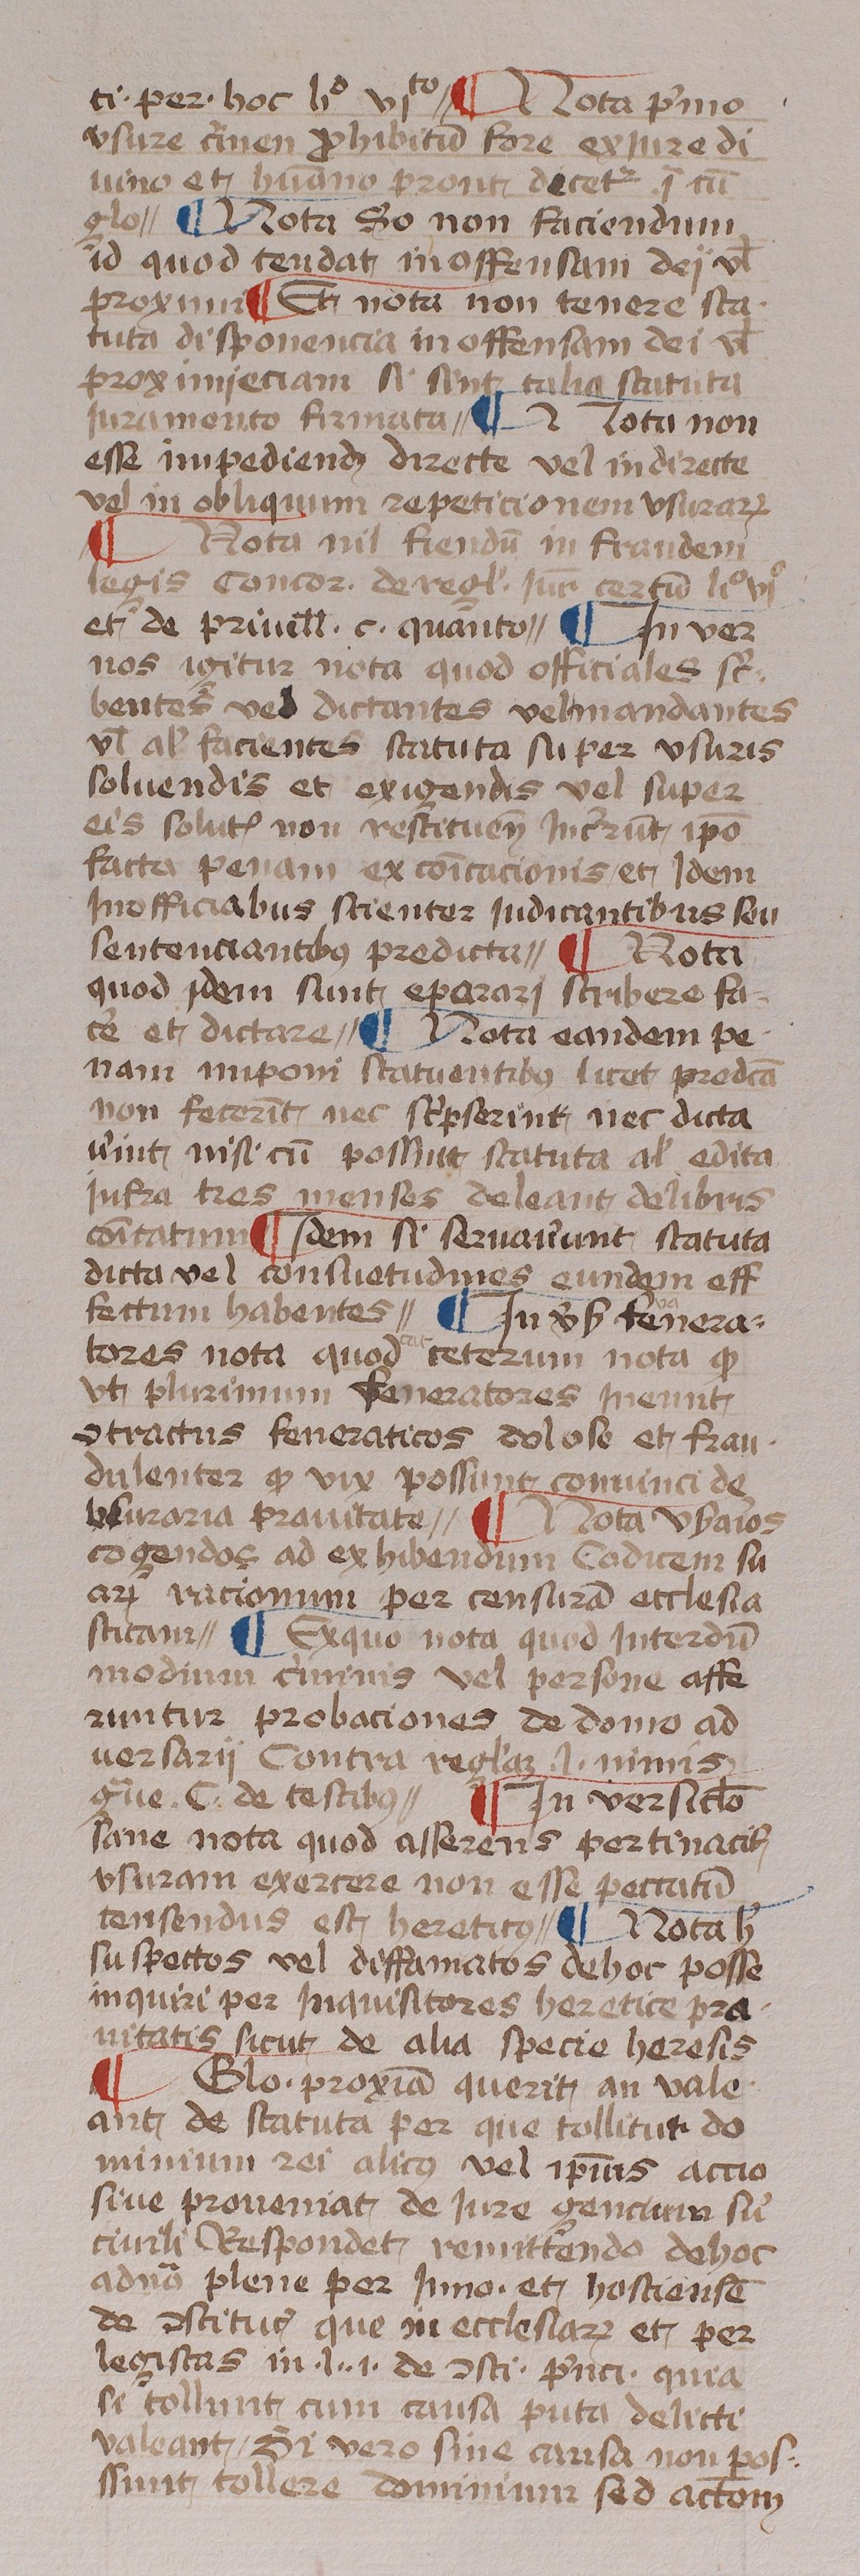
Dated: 1433–1465